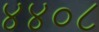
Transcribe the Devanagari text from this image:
४४०८